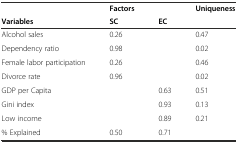
<table><thead><tr><td></td><td><b>Factors</b></td><td></td><td><b>Uniqueness</b></td></tr><tr><td><b>Variables</b></td><td><b>SC</b></td><td><b>EC</b></td><td></td></tr></thead><tbody><tr><td>Alcohol sales</td><td>0.26</td><td></td><td>0.47</td></tr><tr><td>Dependency ratio</td><td>0.98</td><td></td><td>0.02</td></tr><tr><td>Female labor participation</td><td>0.26</td><td></td><td>0.46</td></tr><tr><td>Divorce rate</td><td>0.96</td><td></td><td>0.02</td></tr><tr><td>GDP per Capita</td><td></td><td>0.63</td><td>0.51</td></tr><tr><td>Gini index</td><td></td><td>0.93</td><td>0.13</td></tr><tr><td>Low income</td><td></td><td>0.89</td><td>0.21</td></tr><tr><td>% Explained</td><td>0.50</td><td>0.71</td><td></td></tr></tbody></table>